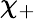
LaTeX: \chi_{+}